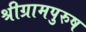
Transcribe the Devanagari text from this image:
श्रीग्रामपुरुष